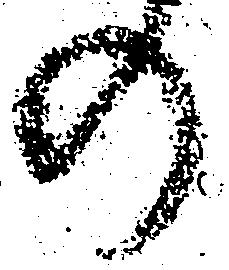
の